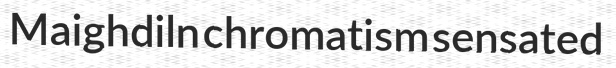
Maighdiln chromatism sensated